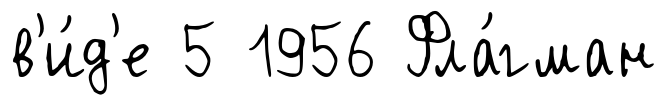
в'и́д'е 5 1956 Фла́гман